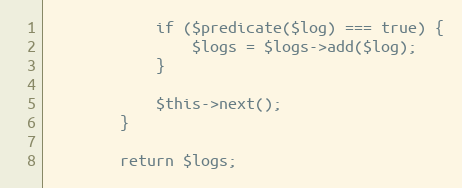
Language: PHP
            if ($predicate($log) === true) {
                $logs = $logs->add($log);
            }

            $this->next();
        }

        return $logs;